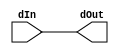
`timescale 1ns / 1ps
//////////////////////////////////////////////////////////////////////////////////
// Company: 
// Engineer: 
// 
// Design Name: 
// Module Name: Buffer16B
// Project Name: 
// Target Devices: 
// Tool Versions: 
// Description: 
// 
// Dependencies: 
// 
// Revision:
// Revision 0.01 - File Created
// Additional Comments:
// 
//////////////////////////////////////////////////////////////////////////////////


module Buffer16B(
    input [15:0] dIn,
    output [15:0] dOut
  );
  
  wire [15:0] temp0;
  buf #(1) (temp0[15], dIn[15]);
  buf #(1) (temp0[14], dIn[14]);
  buf #(1) (temp0[13], dIn[13]);
  buf #(1) (temp0[12], dIn[12]);
  buf #(1) (temp0[11], dIn[11]);
  buf #(1) (temp0[10], dIn[10]);
  buf #(1) (temp0[9], dIn[9]);
  buf #(1) (temp0[8], dIn[8]);
  buf #(1) (temp0[7], dIn[7]);
  buf #(1) (temp0[6], dIn[6]);
  buf #(1) (temp0[5], dIn[5]);
  buf #(1) (temp0[4], dIn[4]);
  buf #(1) (temp0[3], dIn[3]);
  buf #(1) (temp0[2], dIn[2]);
  buf #(1) (temp0[1], dIn[1]);
  buf #(1) (temp0[0], dIn[0]);
  
  wire [15:0] temp1;
  buf(temp1[15], temp0[15]);
  buf(temp1[14], temp0[14]);
  buf(temp1[13], temp0[13]);
  buf(temp1[12], temp0[12]);
  buf(temp1[11], temp0[11]);
  buf(temp1[10], temp0[10]);
  buf(temp1[9], temp0[9]);
  buf(temp1[8], temp0[8]);
  buf(temp1[7], temp0[7]);
  buf(temp1[6], temp0[6]);
  buf(temp1[5], temp0[5]);
  buf(temp1[4], temp0[4]);
  buf(temp1[3], temp0[3]);
  buf(temp1[2], temp0[2]);
  buf(temp1[1], temp0[1]);
  buf(temp1[0], temp0[0]);
  
  assign dOut[15:0] = temp1[15:0];
  
endmodule